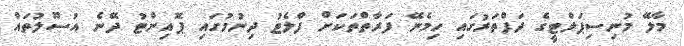
މާލޭ މުނިސިޕަލްޓީގެ ދަފްތަރުގައި ހިމެނޭ ފަރާތްތަކަށް ފްލެޓު ދިނުމުގައި ޕޮއިންޓު ދޭނެ އުސޫލުތައް